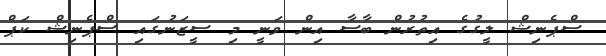
ސްޕެނިޝް ލީގުގެ އިތުރުން ބާސާ އިން ވަނީ މި ސީޒަނުގައި ސްޕެނިޝް ކަޕް